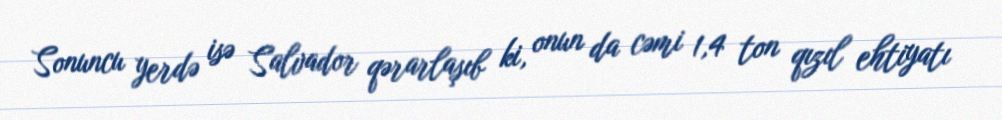
Sonuncu yerdə isə Salvador qərarlaşıb ki, onun da cəmi 1,4 ton qızıl ehtiyatı